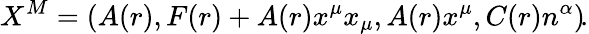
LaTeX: X^{M}=\left(A(r),F(r)+A(r)x^{\mu}x_{\mu},A(r)x^{\mu},C(r)n^{\alpha}\right)\! .